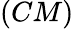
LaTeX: (CM)